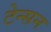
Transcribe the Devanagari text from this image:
टेन्सन